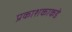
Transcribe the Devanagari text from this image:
प्रकाशकाकडे